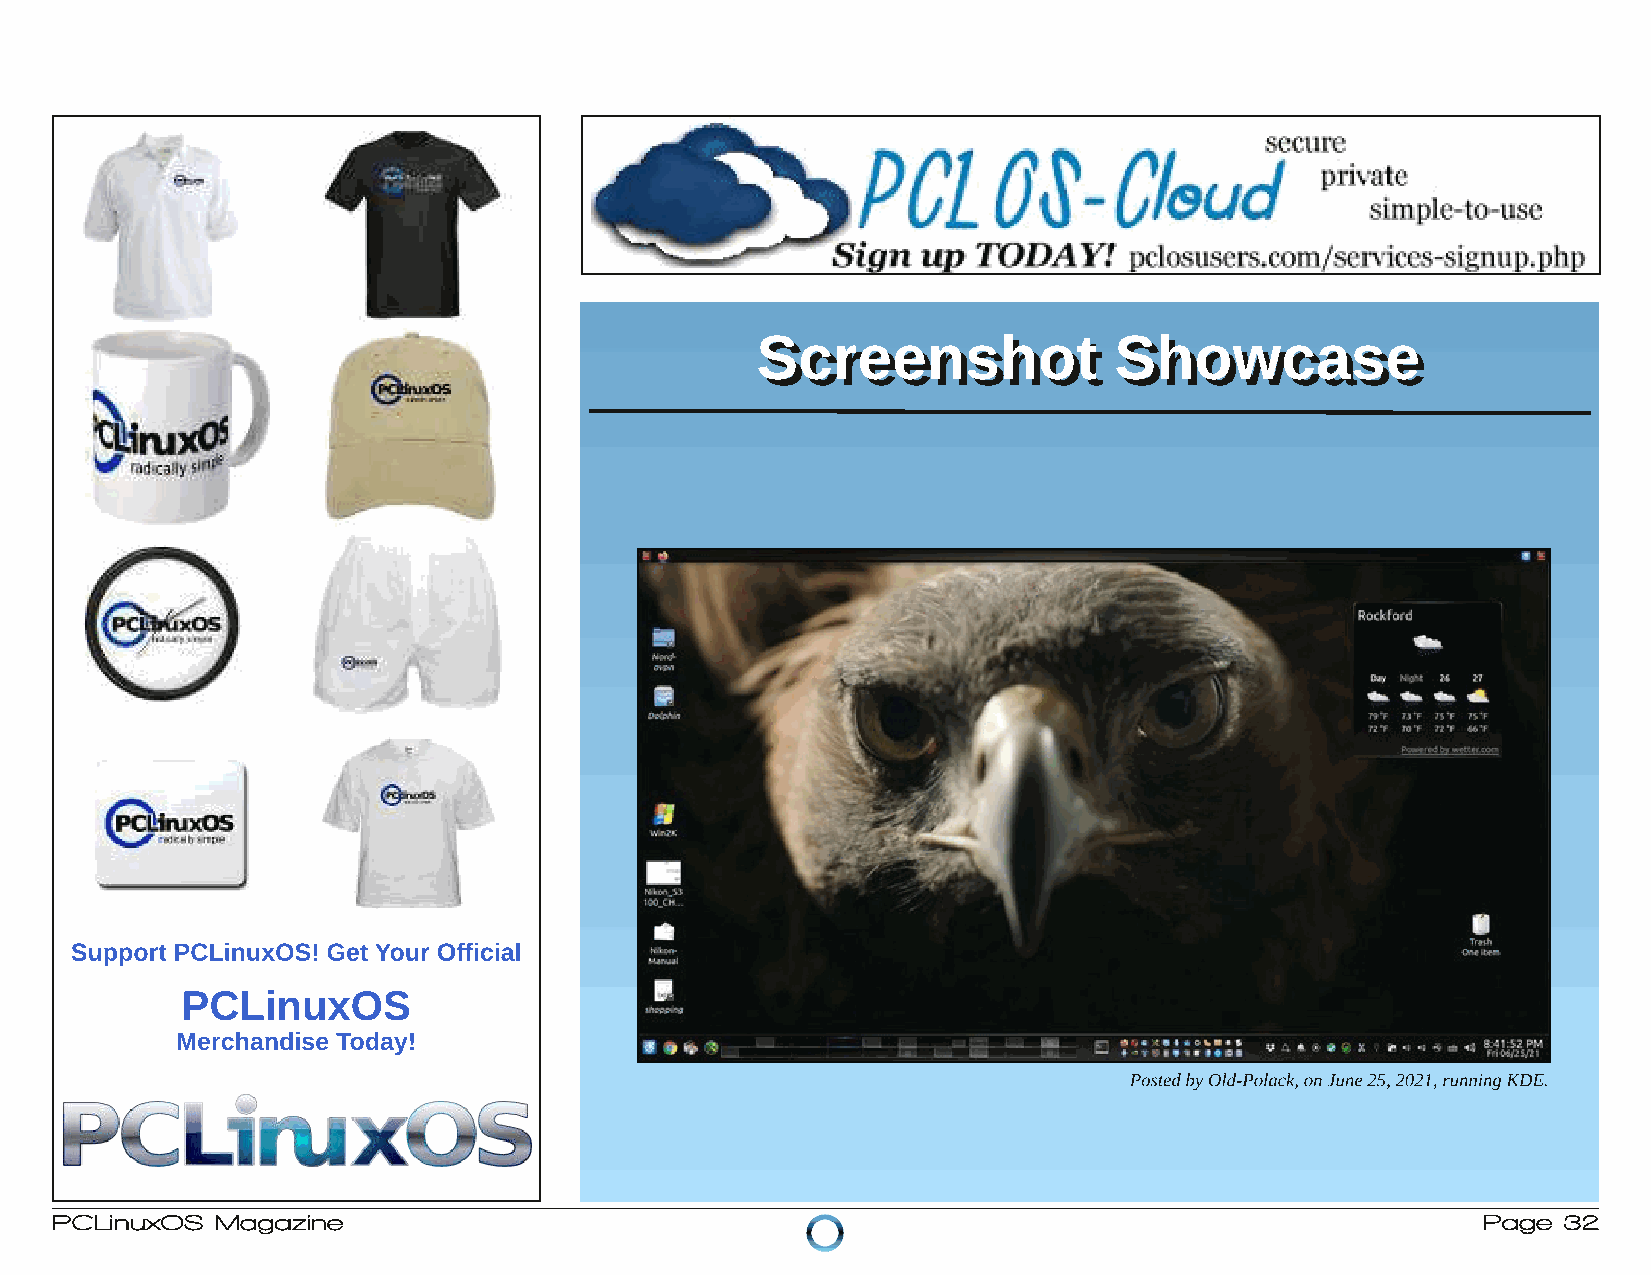
SSccrreeeennsshhoott    SShhoowwccaassee
 Support PCLinuxOS! Get Your Official
 PCLinuxOS
 Merchandise Today!
 PostedbyOld-Polack,onJune25,2021,runningKDE.
 PCLinuxOS  Magazine                                                                            Page 32